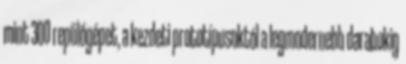
mint 300 repülőgépet, a kezdeti prototípusoktól a legmodernebb darabokig